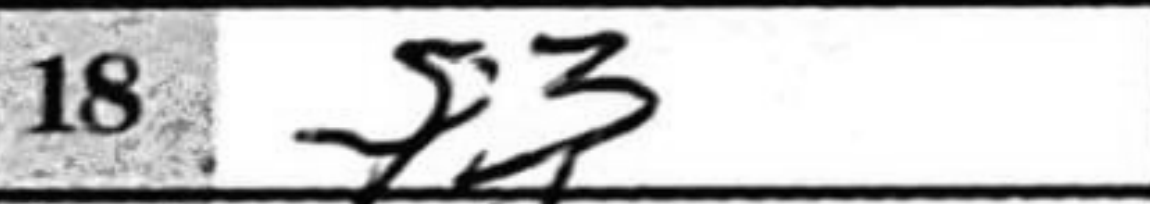
Transcription: f3